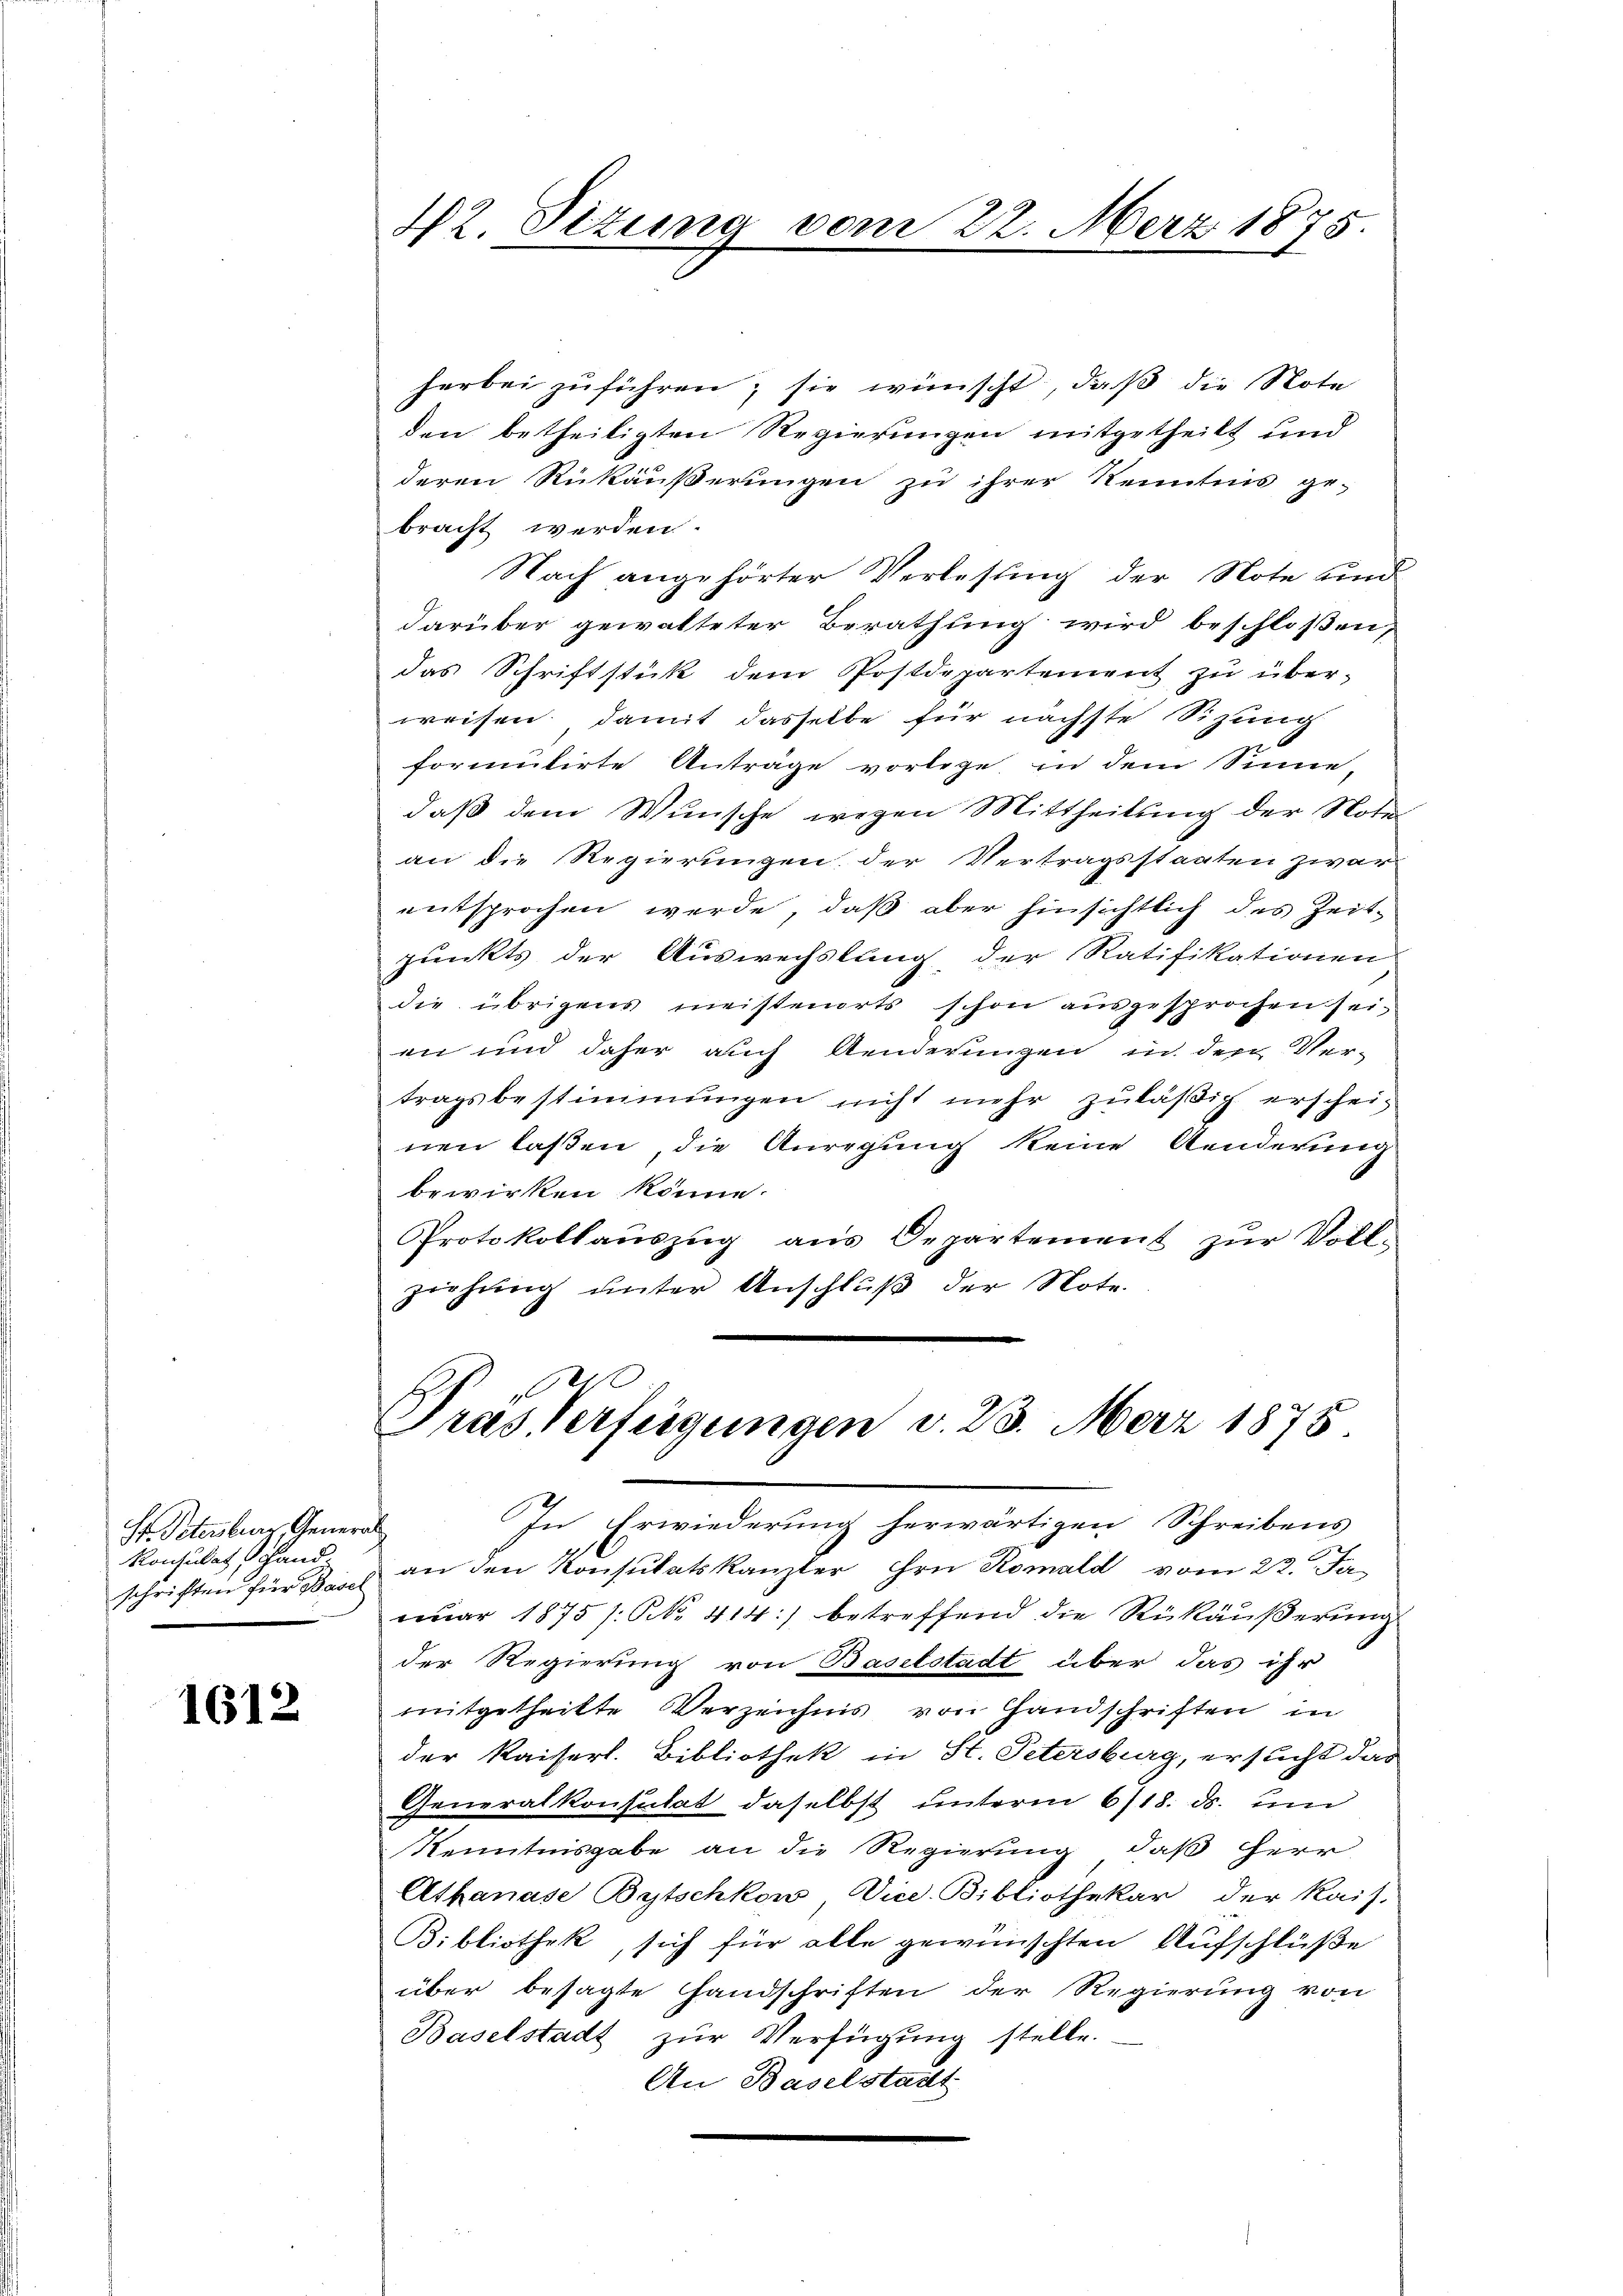
Hr. Petersburg, General
Konsulat hand¬

1612

42. Dezung vom 22. März 1875.

herbei zuführen, sie wünscht, daß die Note
den betheiligten Regierungen mitgetheilt und
deren Rükäußerungen zu ihrer Kenntnis ge-
bracht werden.
Nach angehörter Verlesung der Note und
darüber gewalteter Berathung wird beschloßen,
das Schriftstück dem Postdepartement zu über-
weisen, damit dasselbe für nächste Sitzung
formutirte Anträge vorlege, in dem Sinne,
daß dem Wunsche wegen Mittheilung der Note
an die Regierungen der Vertragsstaaten zwar
entsprochen werde, daß aber hinsichtlich des Zeitpunkts der Auswechslung der Ratifikationen
die übrigens meistenorts schon ausgesprochen sei.
en und daher auch Aenderungen in den Ver-
tragsbestimmungen nicht mehr zuläßig erscheinen lassen, die Anregung keine Aenderung
bewirken könne.
Protokollauszug aus Departement zur Voll-
ziehung unter Anschluß der Note.

Pras Verfügungen v. 23. Merz 1875.
In Erwiederung herwärtigen Schreibens

schriften für 2 an den Konsulatskanzler ihre Romald vom 22. Ja
ŭar 1875 /: NNo. 414:) betreffend die Rükäußerung
der Regierung von Baselstadt über das ihr
mitgetheilte Verzeichnis von Handschriften in
der Kaiserl. Bibliothek in St. Petersburg, ersucht das
Generalkonsulat daselbst unterm 6/18. ds. un
Kenntnisgabe an die Regierung, daß Herr
Athanase Bytschkow, ViceBibliothekar, der Kais.
Bibliothek, sich für alle gewünschten Aufschlüße
über besagte Handschriften der Regierung von
Baselstadt zŭr Verfügŭng stelle.
An Baselstadt